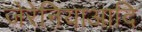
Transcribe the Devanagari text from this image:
जेरेनियाआदि